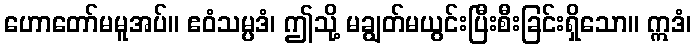
ဟောတော်မမူအပ်။ ဧဝံသမ္ပဒံ၊ ဤသို့ မချွတ်မယွင်းပြီးစီးခြင်းရှိသော။ ဣဒံ၊